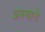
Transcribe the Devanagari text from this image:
अरूबाचे